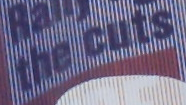
the cuts